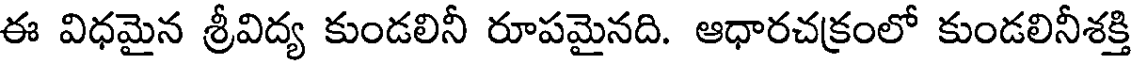
ఈ విధమైన శ్రీవిద్య కుండలినీ రూపమైనది. ఆధారచక్రంలో కుండలినీశక్తి